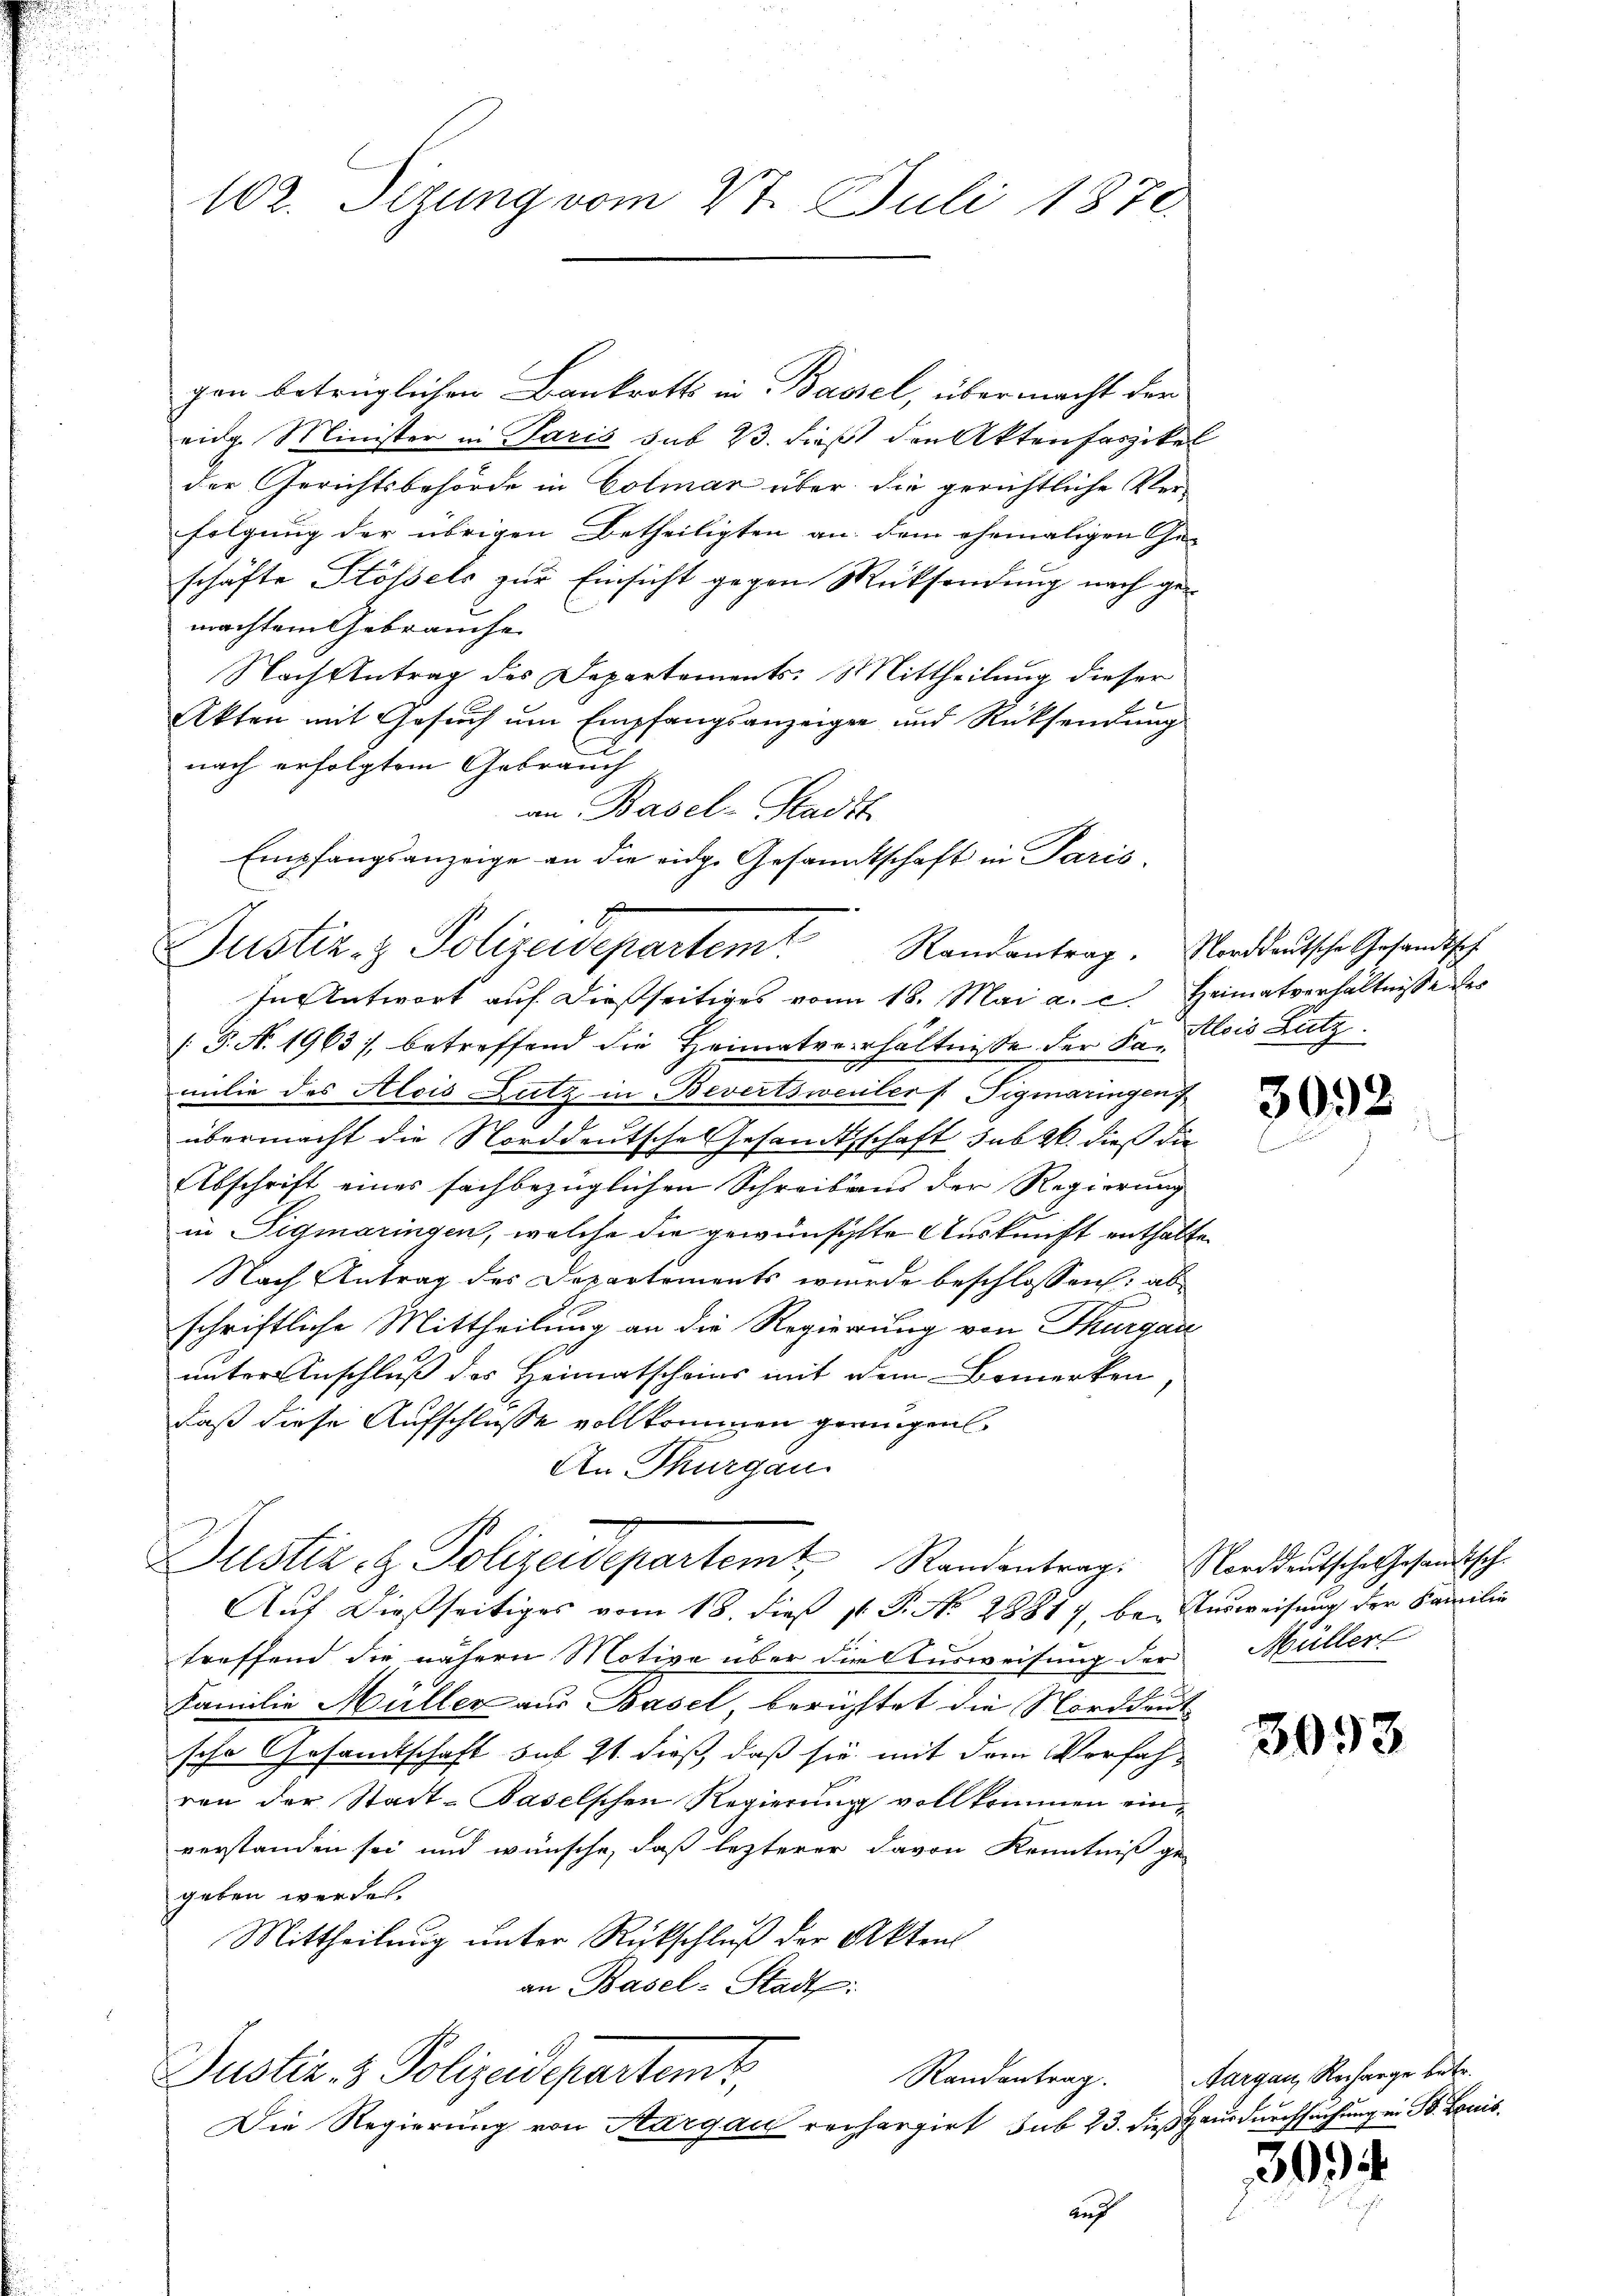
102. Sizung vom 27. Juli 1870

gen betrüglichen Bankrotts in Bassel, übermacht der
eidg. Minister in Paris sub 23. dieß den Aktenfaszikel
der Gerichtsbehörde in Colmar über die gerichtliche Verfolgung der übrigen Betheiligten an dem ehemaligen Ge-
schäfte Stössels zur Einsicht gegen Rüksendung nach gemachten Gebrauche
Nach Antrag des Departements. Mittheilung dieser
Akten mit Gesuch um Empfangsanzeigen und Rücksendung
nach erfolgtem Gebrauch
an Basel-Stadtt
Empfangsanzeige an die eidge Gesandtschaft in Paris.
In Antwort auf dießseitiges vom 18. Mai a. c. Heimatverhältnisse der
[P. N. 1963), betreffend die Heimatverhältnisse der Salois Lutz
milie des Alois Lutz in Bevertsweiler f Tigmaringen
übermacht die Norddeutsche Gesandtschaft sub 20. dieß die
Abschrift eines fachbezüglichen Schreibens der Regierung
in Sigmaringen, welche die gewünschte Auskunft enthalten
Nach Antrag des Departements wurde beschlossen; ab
schriftliche Mittheilung an die Regierung von Thurgau
unter Anschluß des Heimatscheins mit dem Bemerken,
daß diese Aufschlusse vollkommen geeigen
An Thurgau.
Dustiz- & Polizeidepartem Randentrag. Norddeutsche Gesandtische
Auf dießseitiges vom 18. dieß p. P. No 28817, be- Ausweisung der Familie
treffend die nähern Motive über die Ausweisung der Müller
Familie Müller aus Basel, berichtet die Norddeut
sche Gesandtschaft sub 21. dieß, daß sie mit dem Verfahren der Stadt-Baselschen Regierung vollkommen einverstanden sei und wünsche, daß lezterer davon Kenntniß ge-
geben werden.
Mittheilung unter Rückschluß der Aktens
an Basel-Stadt:
Justiz- & Polizeidepartemt,
Randantrag.
Die Regierung von Aargau rechargirt sub 23. dies Hausdurchsuchung in St. Louis
auf

Justiz- & Polizeidepartem Randantrag. Norddeutsche Gesandtsch

3092

3093

Aargau, Recharge betr.